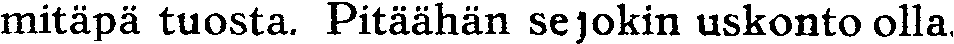
mitäpä tuosta. Pitäähän sejokin uskonto olla.